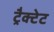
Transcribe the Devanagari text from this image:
ट्रैक्टेट